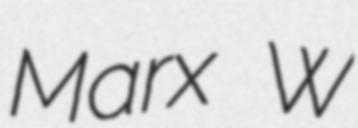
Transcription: Marx W